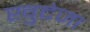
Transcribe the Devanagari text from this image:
खुदेजा